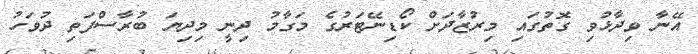
އޭނާ ވިދާޅުވި ގޮތުގައި މިރުޒާދަށް ކޯޑިނޭޓަރުގެ މަގާމު ދިނީ މިދިޔަ ބުރާސްފަތި ދުވަހު